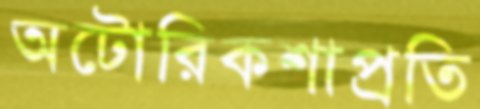
অটোরিকশাপ্রতি